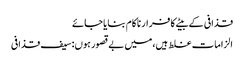
قذافی کے بیٹے کا فرار ناکام بنایا جائے
الزامات غلط ہیں،میں بےقصور ہوں:سیف قذافی